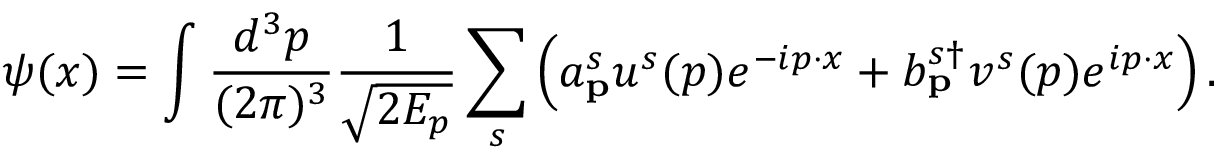
\psi ( x ) = \int { \frac { d ^ { 3 } p } { ( 2 \pi ) ^ { 3 } } } { \frac { 1 } { \sqrt { 2 E _ { p } } } } \sum _ { s } \left( a _ { \mathbf { p } } ^ { s } u ^ { s } ( p ) e ^ { - i p \cdot x } + b _ { \mathbf { p } } ^ { s \dagger } v ^ { s } ( p ) e ^ { i p \cdot x } \right) .